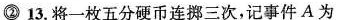
②13.将一枚五分硬币连挪三次，记事件A为